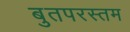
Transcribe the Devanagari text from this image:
बुतपरस्तम